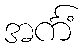
အင်္ကံ